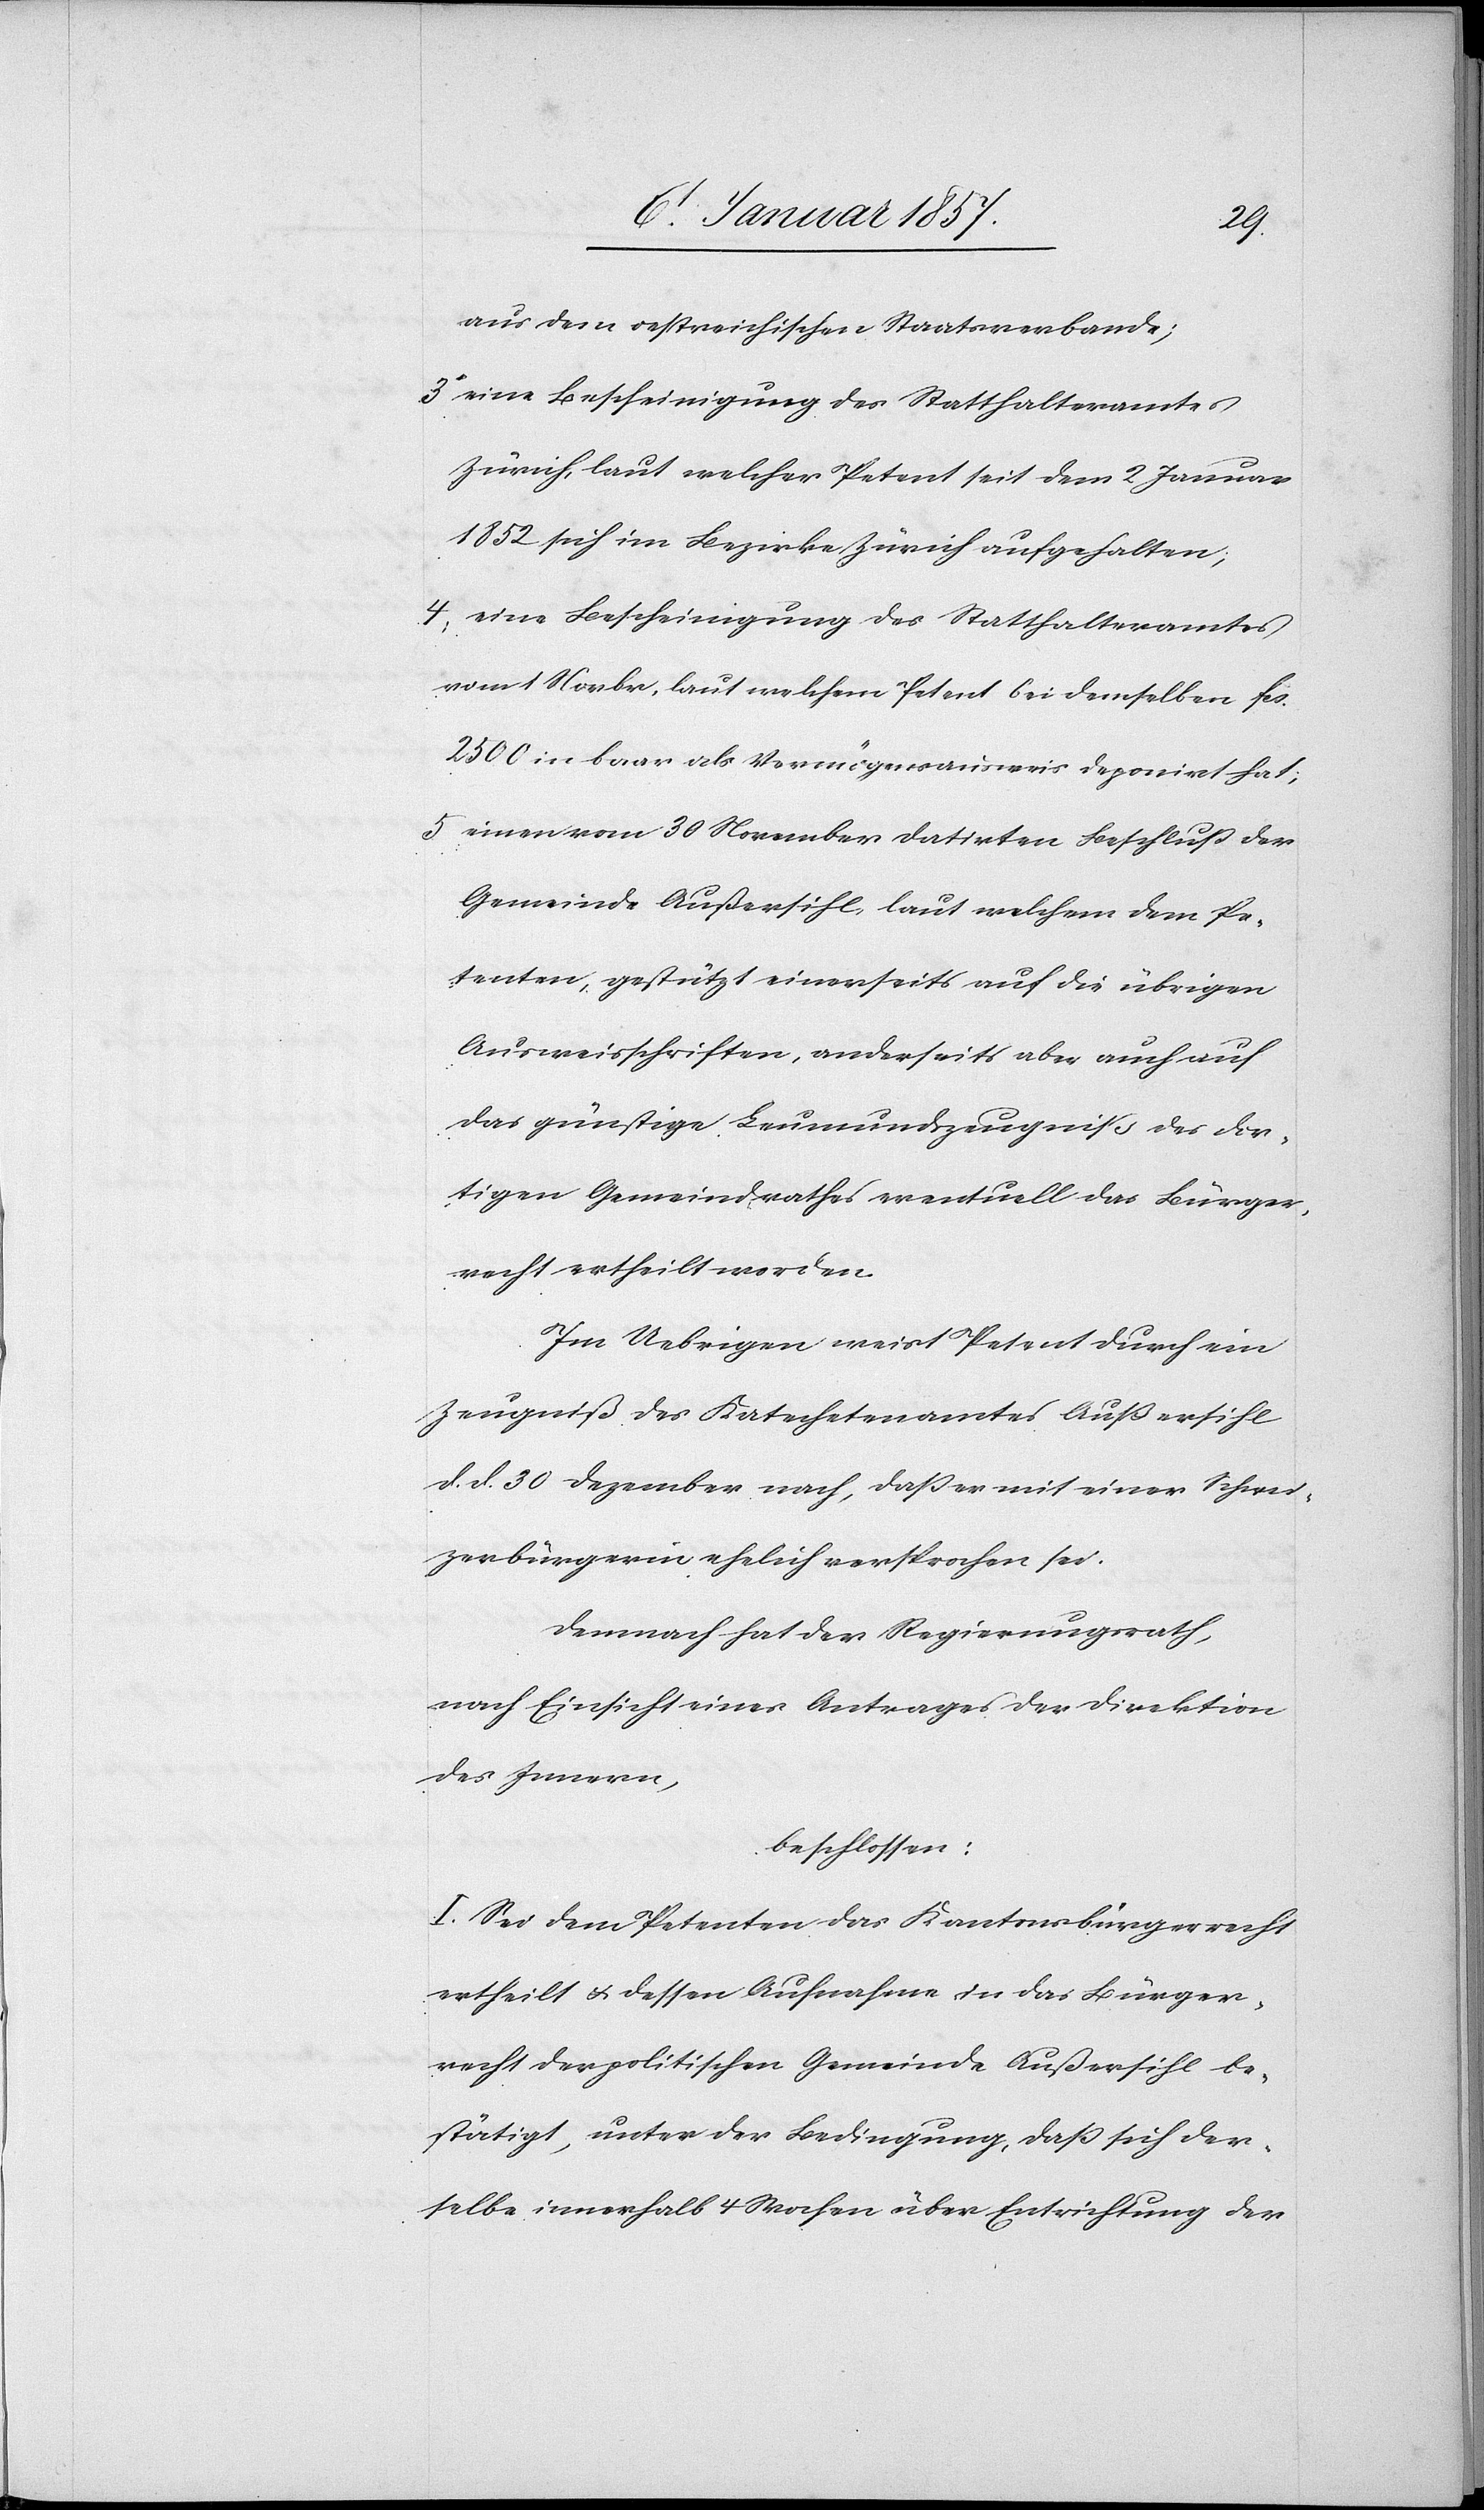
aus dem oestreichischen Staatsverbande;
3. eine Bescheinigung des Statthalteramtes
Zürich, laut welcher Petent seit dem 2 Januar
1852 sich im Bezirke Zürich aufgehalten;
4, eine Bescheinigung des Statthalteramtes
vom 1 Novbr, laut welchem Petent bei demselben fcs.
2500 in baar als Vermögensausweis deponirt hat;
5 einen vom 30 November datirten Beschluß der
Gemeinde Außersihl, laut welchem dem Pe¬
tenten, gestützt einerseits auf die übrigen
Ausweisschriften, anderseits aber auch auf
das günstige Leumundzeugniß des dor¬
tigen Gemeindrathes eventuell das Bürger¬
recht ertheilt werden.
Im Uebrigen weist Petent durch ein
Zeugniß des Katechetenamtes Außershil
d. d. 30 Dezember nach, daß er mit einer Schwei¬
zerbürgerin ehelich versprochen sei.
Demnach hat der Regierungsrath,
nach Einsicht eines Antrages der Direktion
des Innern,
beschlossen:
I. Sei dem Petenten das Kantonsbürgerrecht
ertheilt & dessen Aufnahme in das Bürger¬
recht der politischen Gemeinde Außersihl be¬
stätigt, unter der Bedingung, daß sich der¬
selbe innerhalb 4 Wochen über Entrichtung der